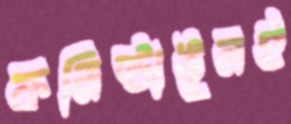
কনিষ্ঠাঙুলই